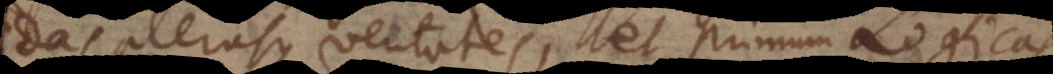
das plerasque veritates, et primum Logicas